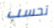
تحسب